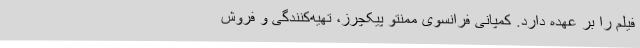
فیلم را بر عهده دارد. کمپانی فرانسوی ممنتو پیکچرز، تهیه‌کنندگی و فروش